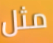
مثل